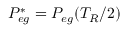
P _ { e g } ^ { * } = P _ { e g } ( T _ { R } / 2 )